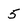
Character: 5